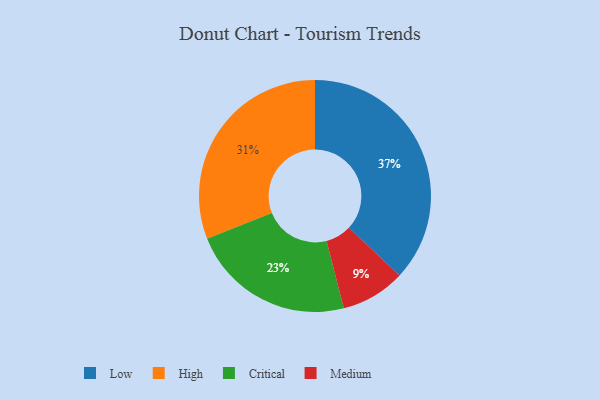
{"axis": {"x": "Category", "y": "Percentage"}, "legend": ["Critical", "High", "Low", "Medium"], "data": [{"x": "Low", "y": 37, "type": "Low"}, {"x": "High", "y": 31, "type": "High"}, {"x": "Critical", "y": 23, "type": "Critical"}, {"x": "Medium", "y": 9, "type": "Medium"}]}